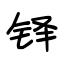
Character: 铎